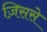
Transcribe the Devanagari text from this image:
ज़िससे